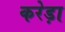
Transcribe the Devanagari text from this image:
करेड़ा